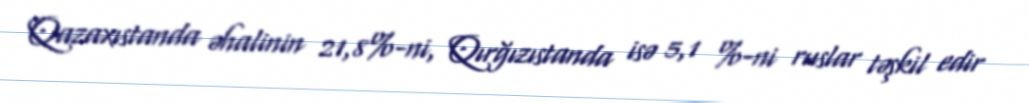
Qazaxıstanda əhalinin 21,8%-ni, Qırğızıstanda isə 5,1 %-ni ruslar təşkil edir